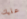
عليك